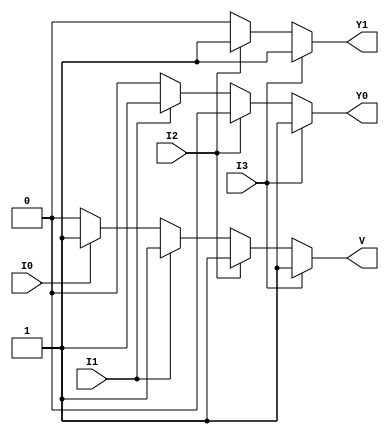
module priority_encoder (
    input wire I0,   // Input 0
    input wire I1,   // Input 1
    input wire I2,   // Input 2
    input wire I3,   // Input 3
    output reg Y1,   // Output bit 1
    output reg Y0,   // Output bit 0
    output reg V     // Valid output
);

always @(*) begin
    // Default values
    Y1 = 1'b0;
    Y0 = 1'b0;
    V = 1'b0;

    // Priority encoding logic
    if (I3) begin
        Y1 = 1'b1;
        Y0 = 1'b1;
        V = 1'b1; // At least one input is active
    end else if (I2) begin
        Y1 = 1'b1;
        Y0 = 1'b0;
        V = 1'b1;
    end else if (I1) begin
        Y1 = 1'b0;
        Y0 = 1'b1;
        V = 1'b1;
    end else if (I0) begin
        Y1 = 1'b0;
        Y0 = 1'b0;
        V = 1'b1;
    end
end

endmodule